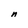
Character: n